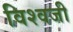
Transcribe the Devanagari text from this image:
विश्वजी